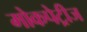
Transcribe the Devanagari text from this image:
मोकपेट्रीज